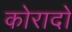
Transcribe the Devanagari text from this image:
कोरादो